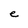
Character: e